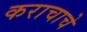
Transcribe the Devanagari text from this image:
कराचाचे